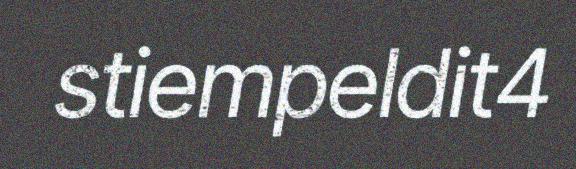
stiempeldit4